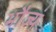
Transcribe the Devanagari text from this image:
भौज्यं